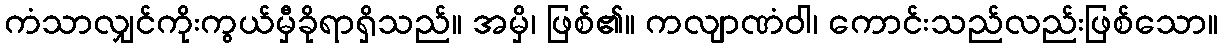
ကံသာလျှင်ကိုးကွယ်မှီခိုရာရှိသည်။ အမှိ၊ ဖြစ်၏။ ကလျာဏံဝါ၊ ကောင်းသည်လည်းဖြစ်သော။